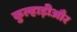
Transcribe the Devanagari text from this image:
कुल्हाड़ीऔर